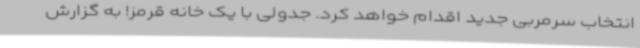
انتخاب سرمربی جدید اقدام خواهد کرد. جدولی با یک خانه قرمز! به گزارش